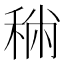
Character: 𥞻